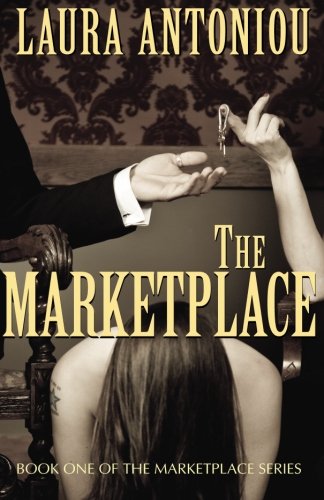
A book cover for The Marketplace (The Marketplace Series) (Volume 1); Laura Antoniou; Romance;